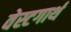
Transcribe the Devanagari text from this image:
वेस्टगार्थ